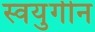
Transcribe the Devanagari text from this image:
स्वयुगीन